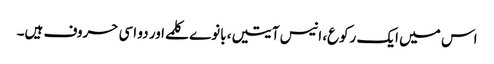
اس میں ایک رکوع، انیس آیتیں، بانوے کلمے اور دو اسی حروف ہیں۔